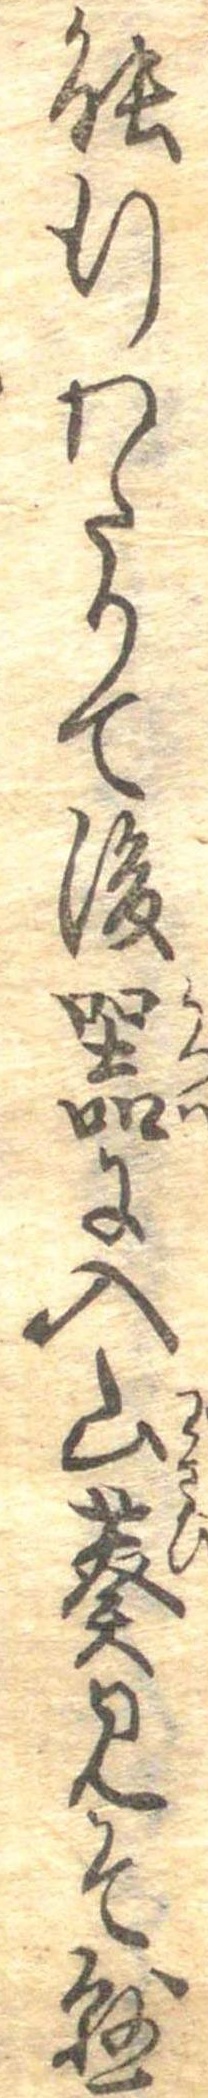
能行わたりて後器に入山葵みそ懸